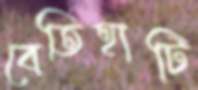
বেতিহাটি